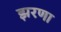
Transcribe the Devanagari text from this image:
झरणा